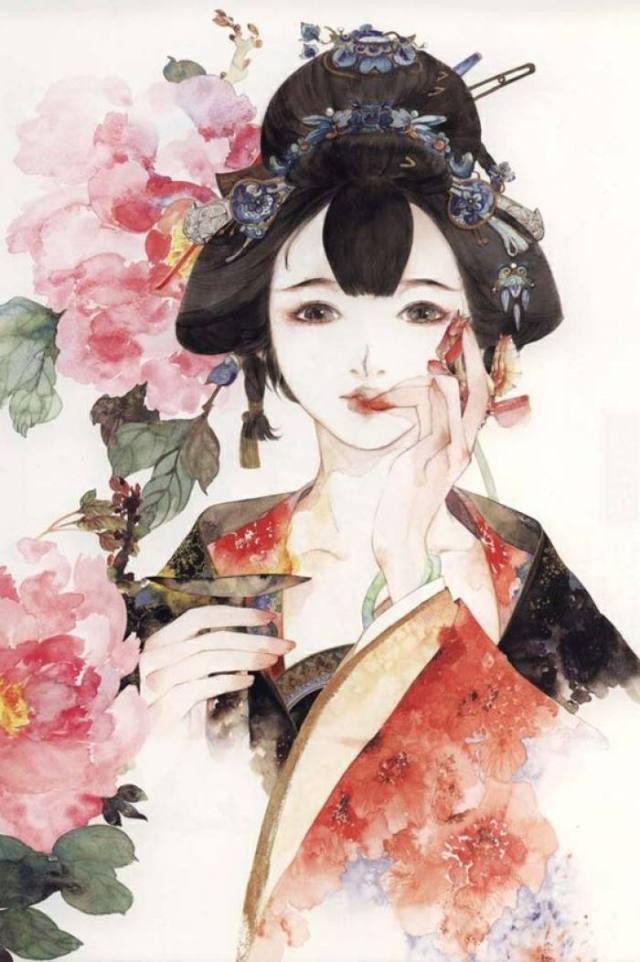
越女新妆出镜心，自知明艳更沉吟。